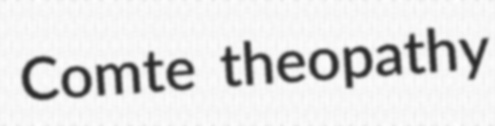
Comte theopathy